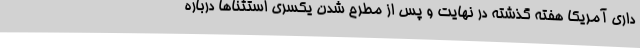
داری آمریکا هفته گذشته در نهایت و پس از مطرح شدن یکسری استثناها درباره